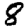
Digit: 8